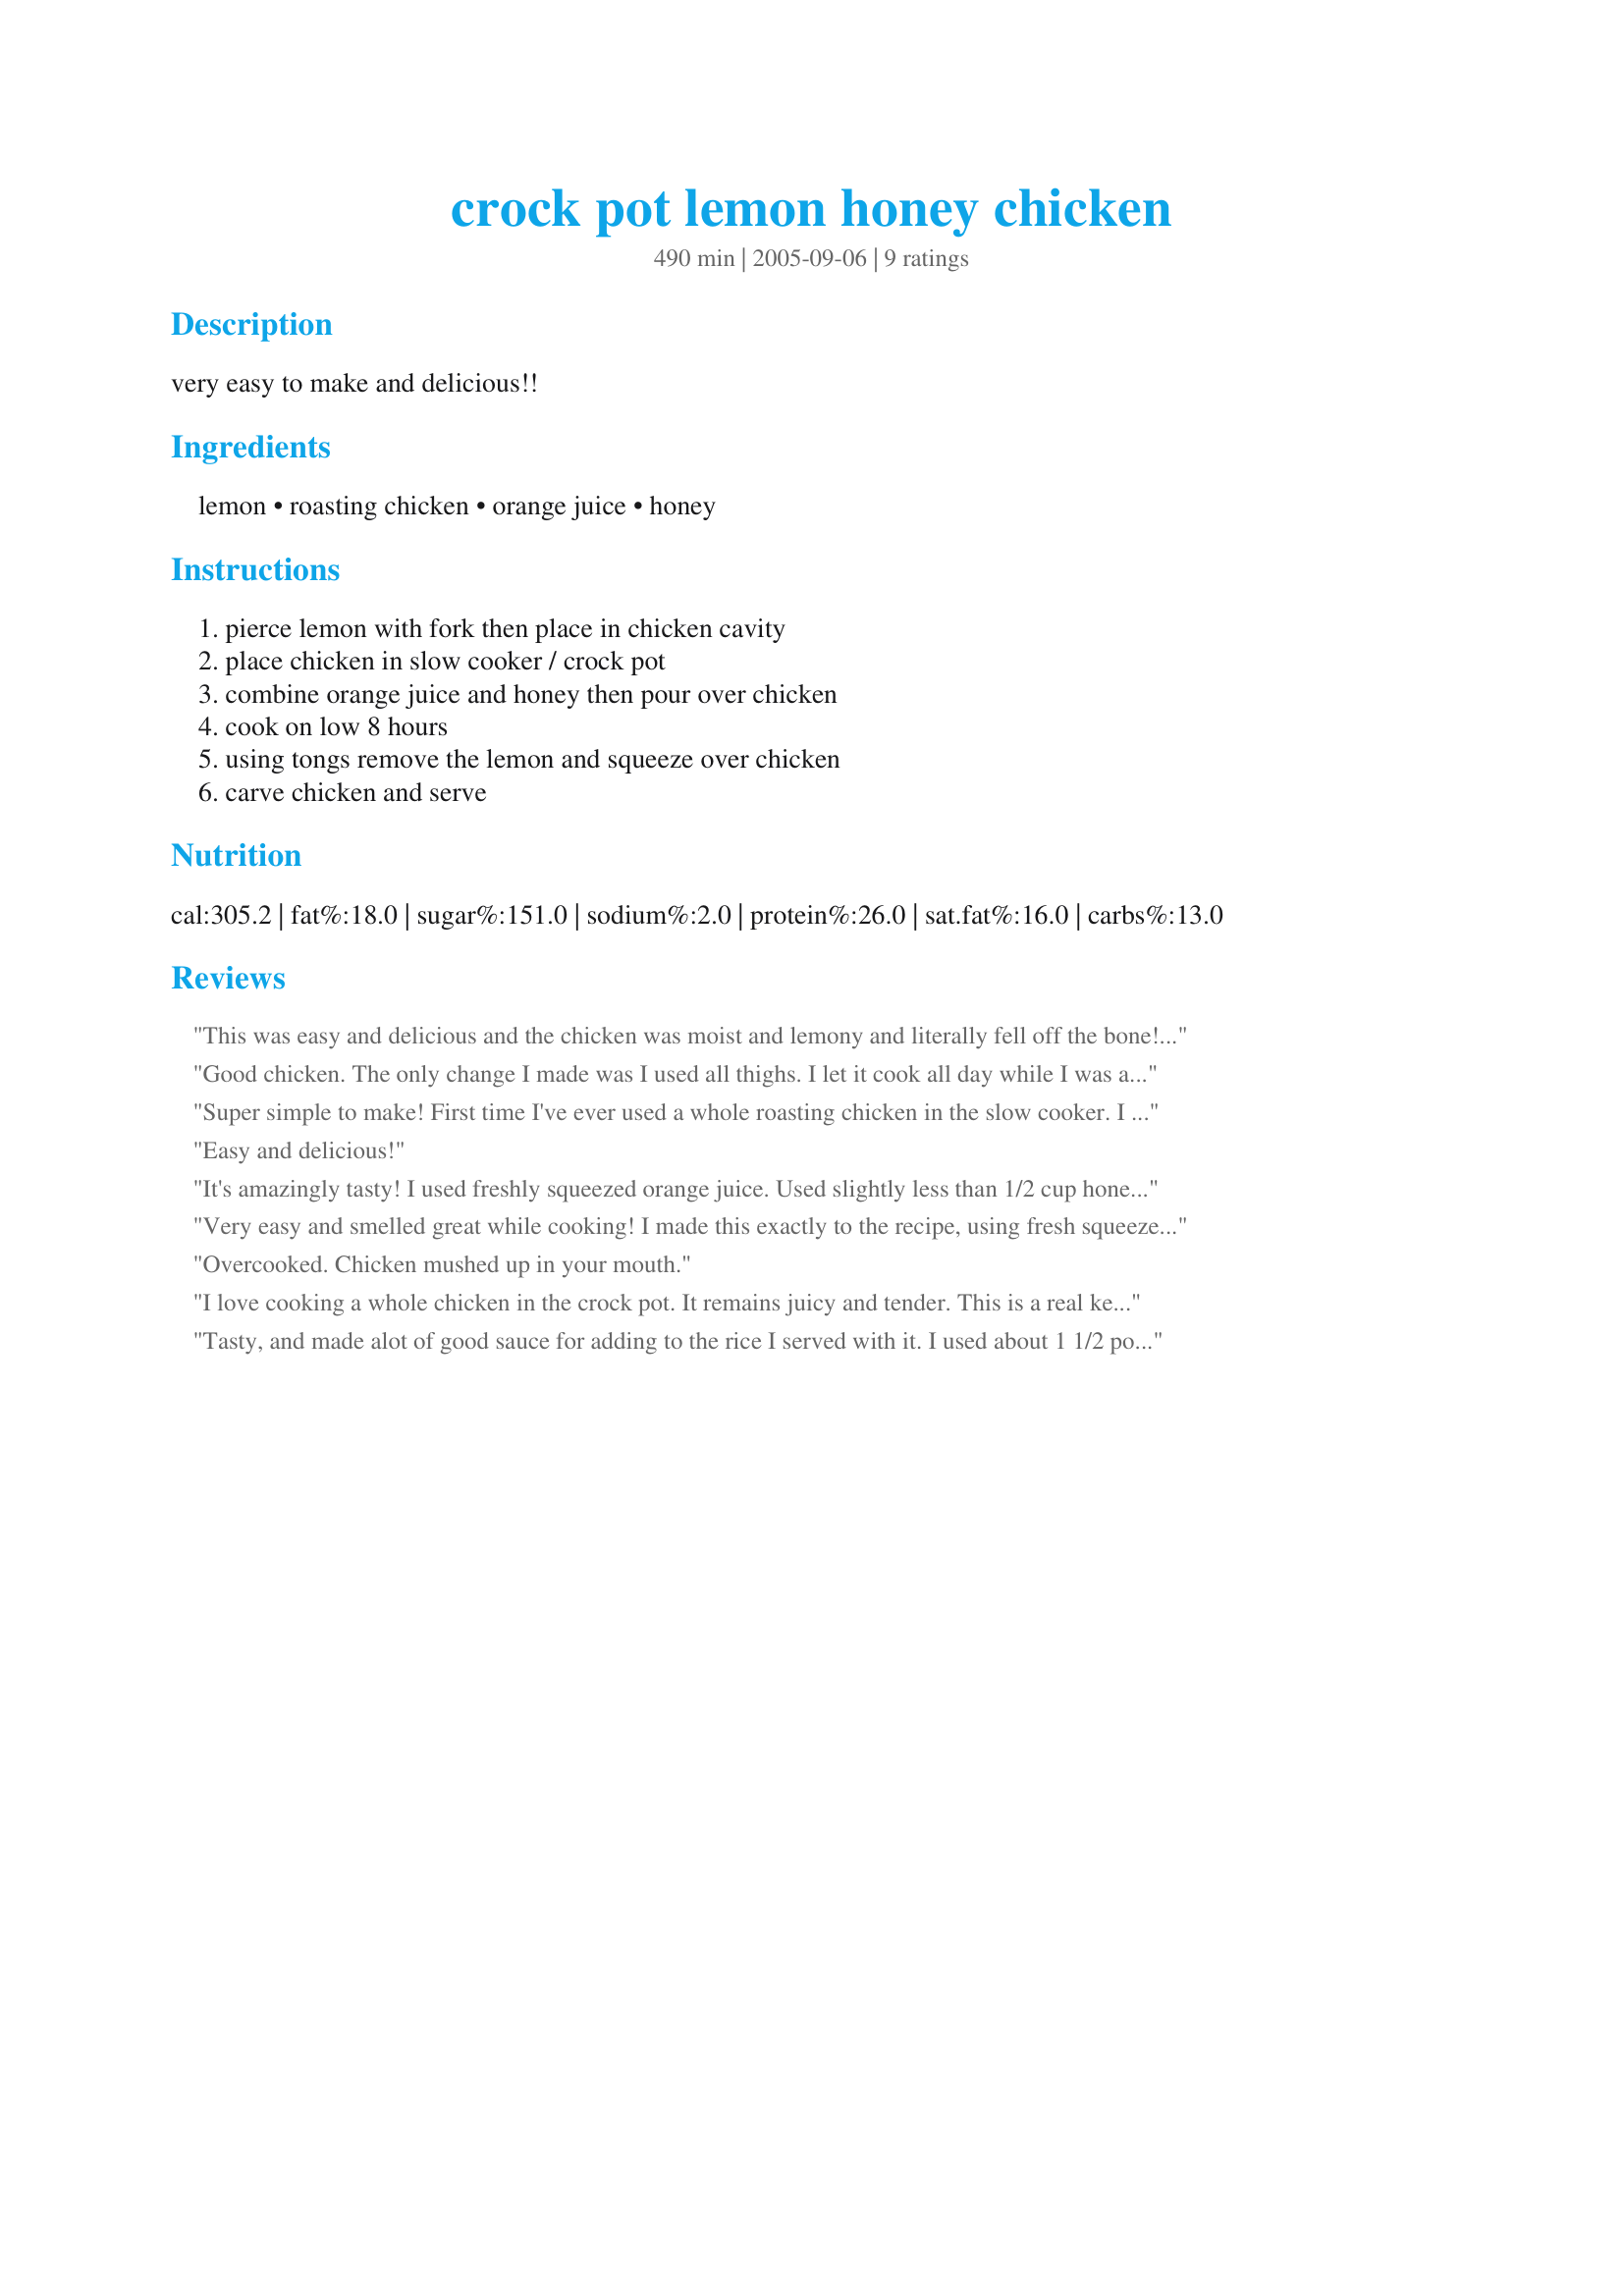
crock pot lemon honey chicken
Preparation time: 490 minutes

very easy to make and delicious!!

Ingredients:
lemon, roasting chicken, orange juice, honey

Steps:
pierce lemon with fork then place in chicken cavity, place chicken in slow cooker / crock pot, combine orange juice and honey then pour over chicken, cook on low 8 hours, using tongs remove the lemon and squeeze over chicken, carve chicken and serve

Reviews:
This was easy and delicious and the chicken was moist and lemony and literally fell off the bone! I only used 1/4 cup of the honey in the sauce and this was ideal for us. I placed a sliced onion, some small carrots, and two crushed garlic cloves under the chicken. This combination was a nice enhancement to the sauce and to the egg noodles that I made to go with the dish. Very yummy.
Good chicken. The only change I made was I used all thighs. I let it cook all day while I was at work, then thickened the sauce with a little cornstarch and served it over rice.
Super simple to make! First time I've ever used a whole roasting chicken in the slow cooker. I cooked mine overnight for 7 hours and it was just perfect with doneness. I do think a bit of seasoning is needed so I used a garlic pepper seasoning before cooking. I think 8 hours would be too & would suggest an estimate between 6-8 hours would make this perfect depending on your own slow cooker. Great dish for our dinner which reheats wonderfully! Thanks for sharing.
Easy and delicious!
It's amazingly tasty! I used freshly squeezed orange juice. Used slightly less than 1/2 cup honey 'cos husband and I don't really fancy sweet stuff. Had a sweet, sour, bitter (from the lemon skin) combination. Wonderful, I must say. Especially tasty after being left overnight and the sauce gets absorbed by the meat. Thanks!
Very easy and smelled great while cooking! I made this exactly to the recipe, using fresh squeezed orange juice. Chicken totally fell apart when removing from the crockpot - very moist. Did need some seasoning (salt, etc) for my taste. Used the leftovers in a taco salad with lettuce, black beans, cheese & crushed nacho chips. This was my first time doing a whole chicken in the crockpot - thanks for the easy recipe!
Overcooked. Chicken mushed up in your mouth.
I love cooking a whole chicken in the crock pot. It remains juicy and tender. This is a real keeper. Easy to throw together and the results are FANTASTIC!
Tasty, and made alot of good sauce for adding to the rice I served with it. I used about 1 1/2 pounds of chicken tenders and cooked it for 5-6 hours. Adding a tad of soy sauce to individual servings was helpful.
